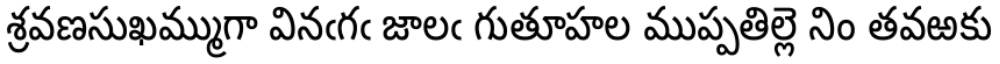
శ్రవణసుఖమ్ముగా వినఁగఁ జాలఁ గుతూహల ముప్పతిల్లె నిం తవఱకు